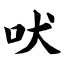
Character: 吠